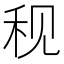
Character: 𫀨